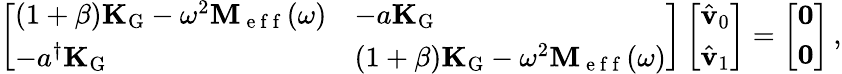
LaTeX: \left[\begin{array}{ll}{(1+\beta)\mathbf{K}_{\mathrm{G}}-\omega^{2}\mathbf{M}_{\mathrm{~e~f~f~}}(\omega)}&{-a\mathbf{K}_{\mathrm{G}}}\\ {-a^{\dagger}\mathbf{K}_{\mathrm{G}}}&{(1+\beta)\mathbf{K}_{\mathrm{G}}-\omega^{2}\mathbf{M}_{\mathrm{~e~f~f~}}(\omega)}\end{array}\right]\left[\begin{array}{l}{\hat{\mathbf{v}}_{0}}\\ {\hat{\mathbf{v}}_{1}}\end{array}\right]=\left[\begin{array}{l}{\mathbf{0}}\\ {\mathbf{0}}\end{array}\right]\, ,